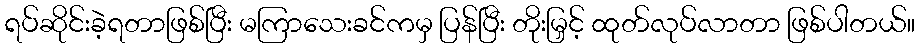
ရပ်ဆိုင်းခဲ့ရတာဖြစ်ပြီး မကြာသေးခင်ကမှ ပြန်ပြီး တိုးမြှင့် ထုတ်လုပ်လာတာ ဖြစ်ပါတယ်။